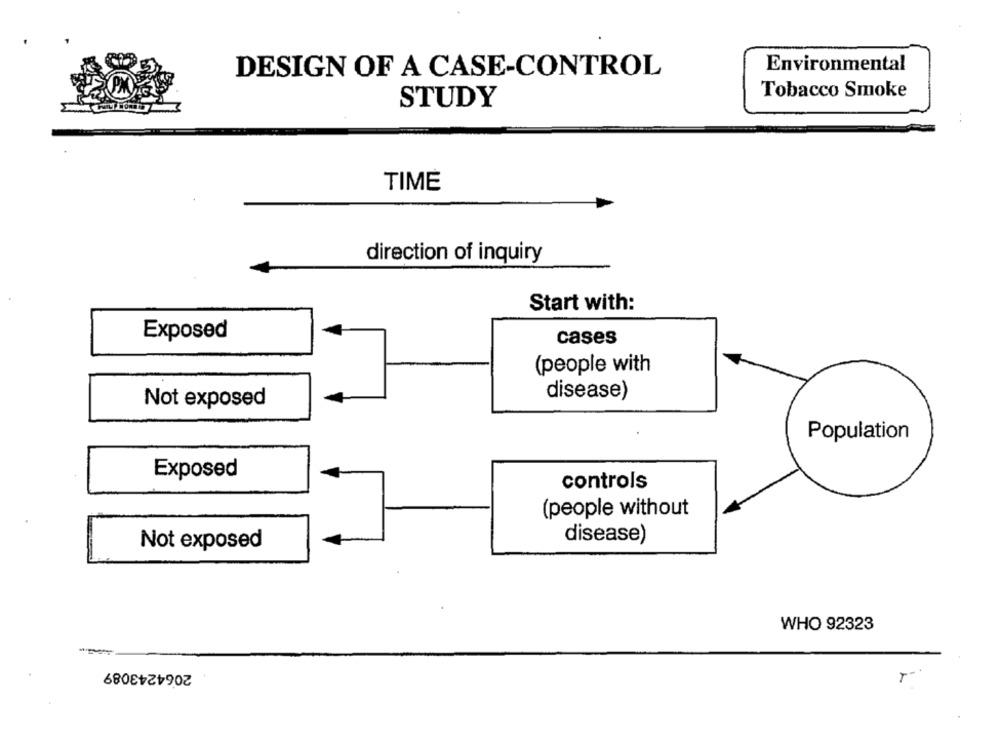
Environmental
DESIGN OF A CASE-CONTROL
Tobacco Smoke
STUDY
TIME
direction of inquiry
Start with:
Exposed
cases
(people with
disease)
Not exposed
Population
Exposed
controls
(people without
disease)
Not exposed
WHO 92323
2064243089